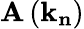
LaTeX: \mathbf{A}\left(\mathbf{{k}}_{\mathbf{{n}}}\right)